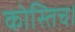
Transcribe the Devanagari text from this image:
कोस्तिच।